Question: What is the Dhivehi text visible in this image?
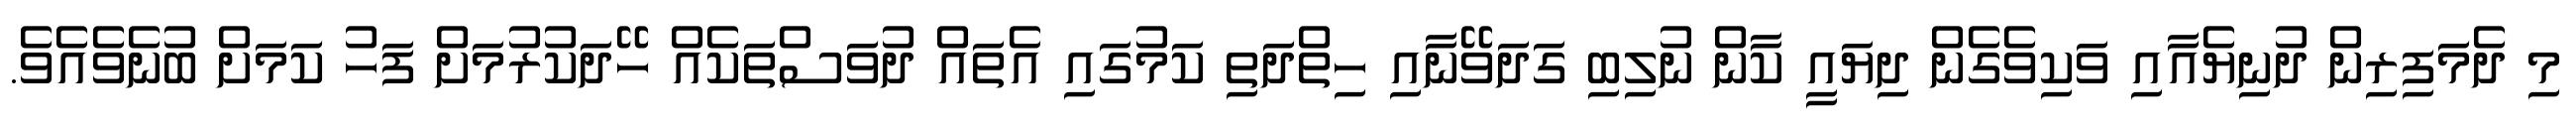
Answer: މި ދެމަފިރިން ދުނިޔެއާއި ވަކިވެގެން ދިޔައީ ކާން ނުލިބި ގަދަވޭނާއި ހިތްދަތި ކަމުގައި އެތައް ދުވަސްތަކެއް ހޭދަކުރުމަށް ފަހު ކަމަށް ބުނެވެއެވެ.